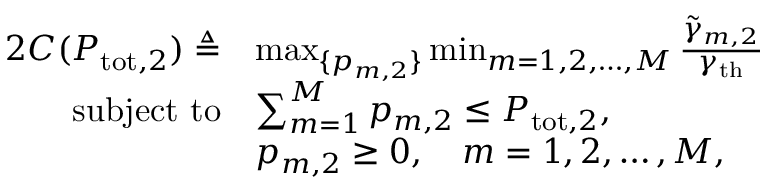
\begin{array} { r l r } { { 2 } C ( \ensuremath { P _ { \mathrm { t o t } , 2 } } ) \triangleq } & { \operatorname* { m a x } _ { \{ p _ { m , 2 } \} } \operatorname* { m i n } _ { m = 1 , 2 , \ldots , M } \frac { \ensuremath { \tilde { \gamma } } _ { m , 2 } } { \ensuremath { \gamma _ { \mathrm { t h } } } } } & \\ { \mathrm { s u b j e c t ~ t o } } & { \sum _ { m = 1 } ^ { M } p _ { m , 2 } \le \ensuremath { P _ { \mathrm { t o t } , 2 } } , } & \\ & { p _ { m , 2 } \ge 0 , \quad m = 1 , 2 , \ldots , M , } & \end{array}